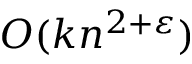
O ( k n ^ { 2 + \varepsilon } )